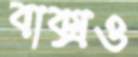
বাক্সও